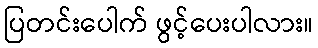
ပြတင်းပေါက် ဖွင့်ပေးပါလား။